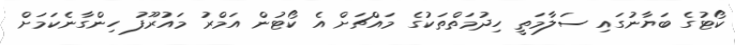
ކޯޓުގެ ބަޔާނުގައި ސަލާމަތީ ހިދުމަތްތަކުގެ މައްޗަށް އެ ކޯޓުން އަމްރު މައުރޫފު ހިންގާނެކަމަށް